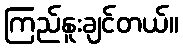
ကြည်နူးချင်တယ်။